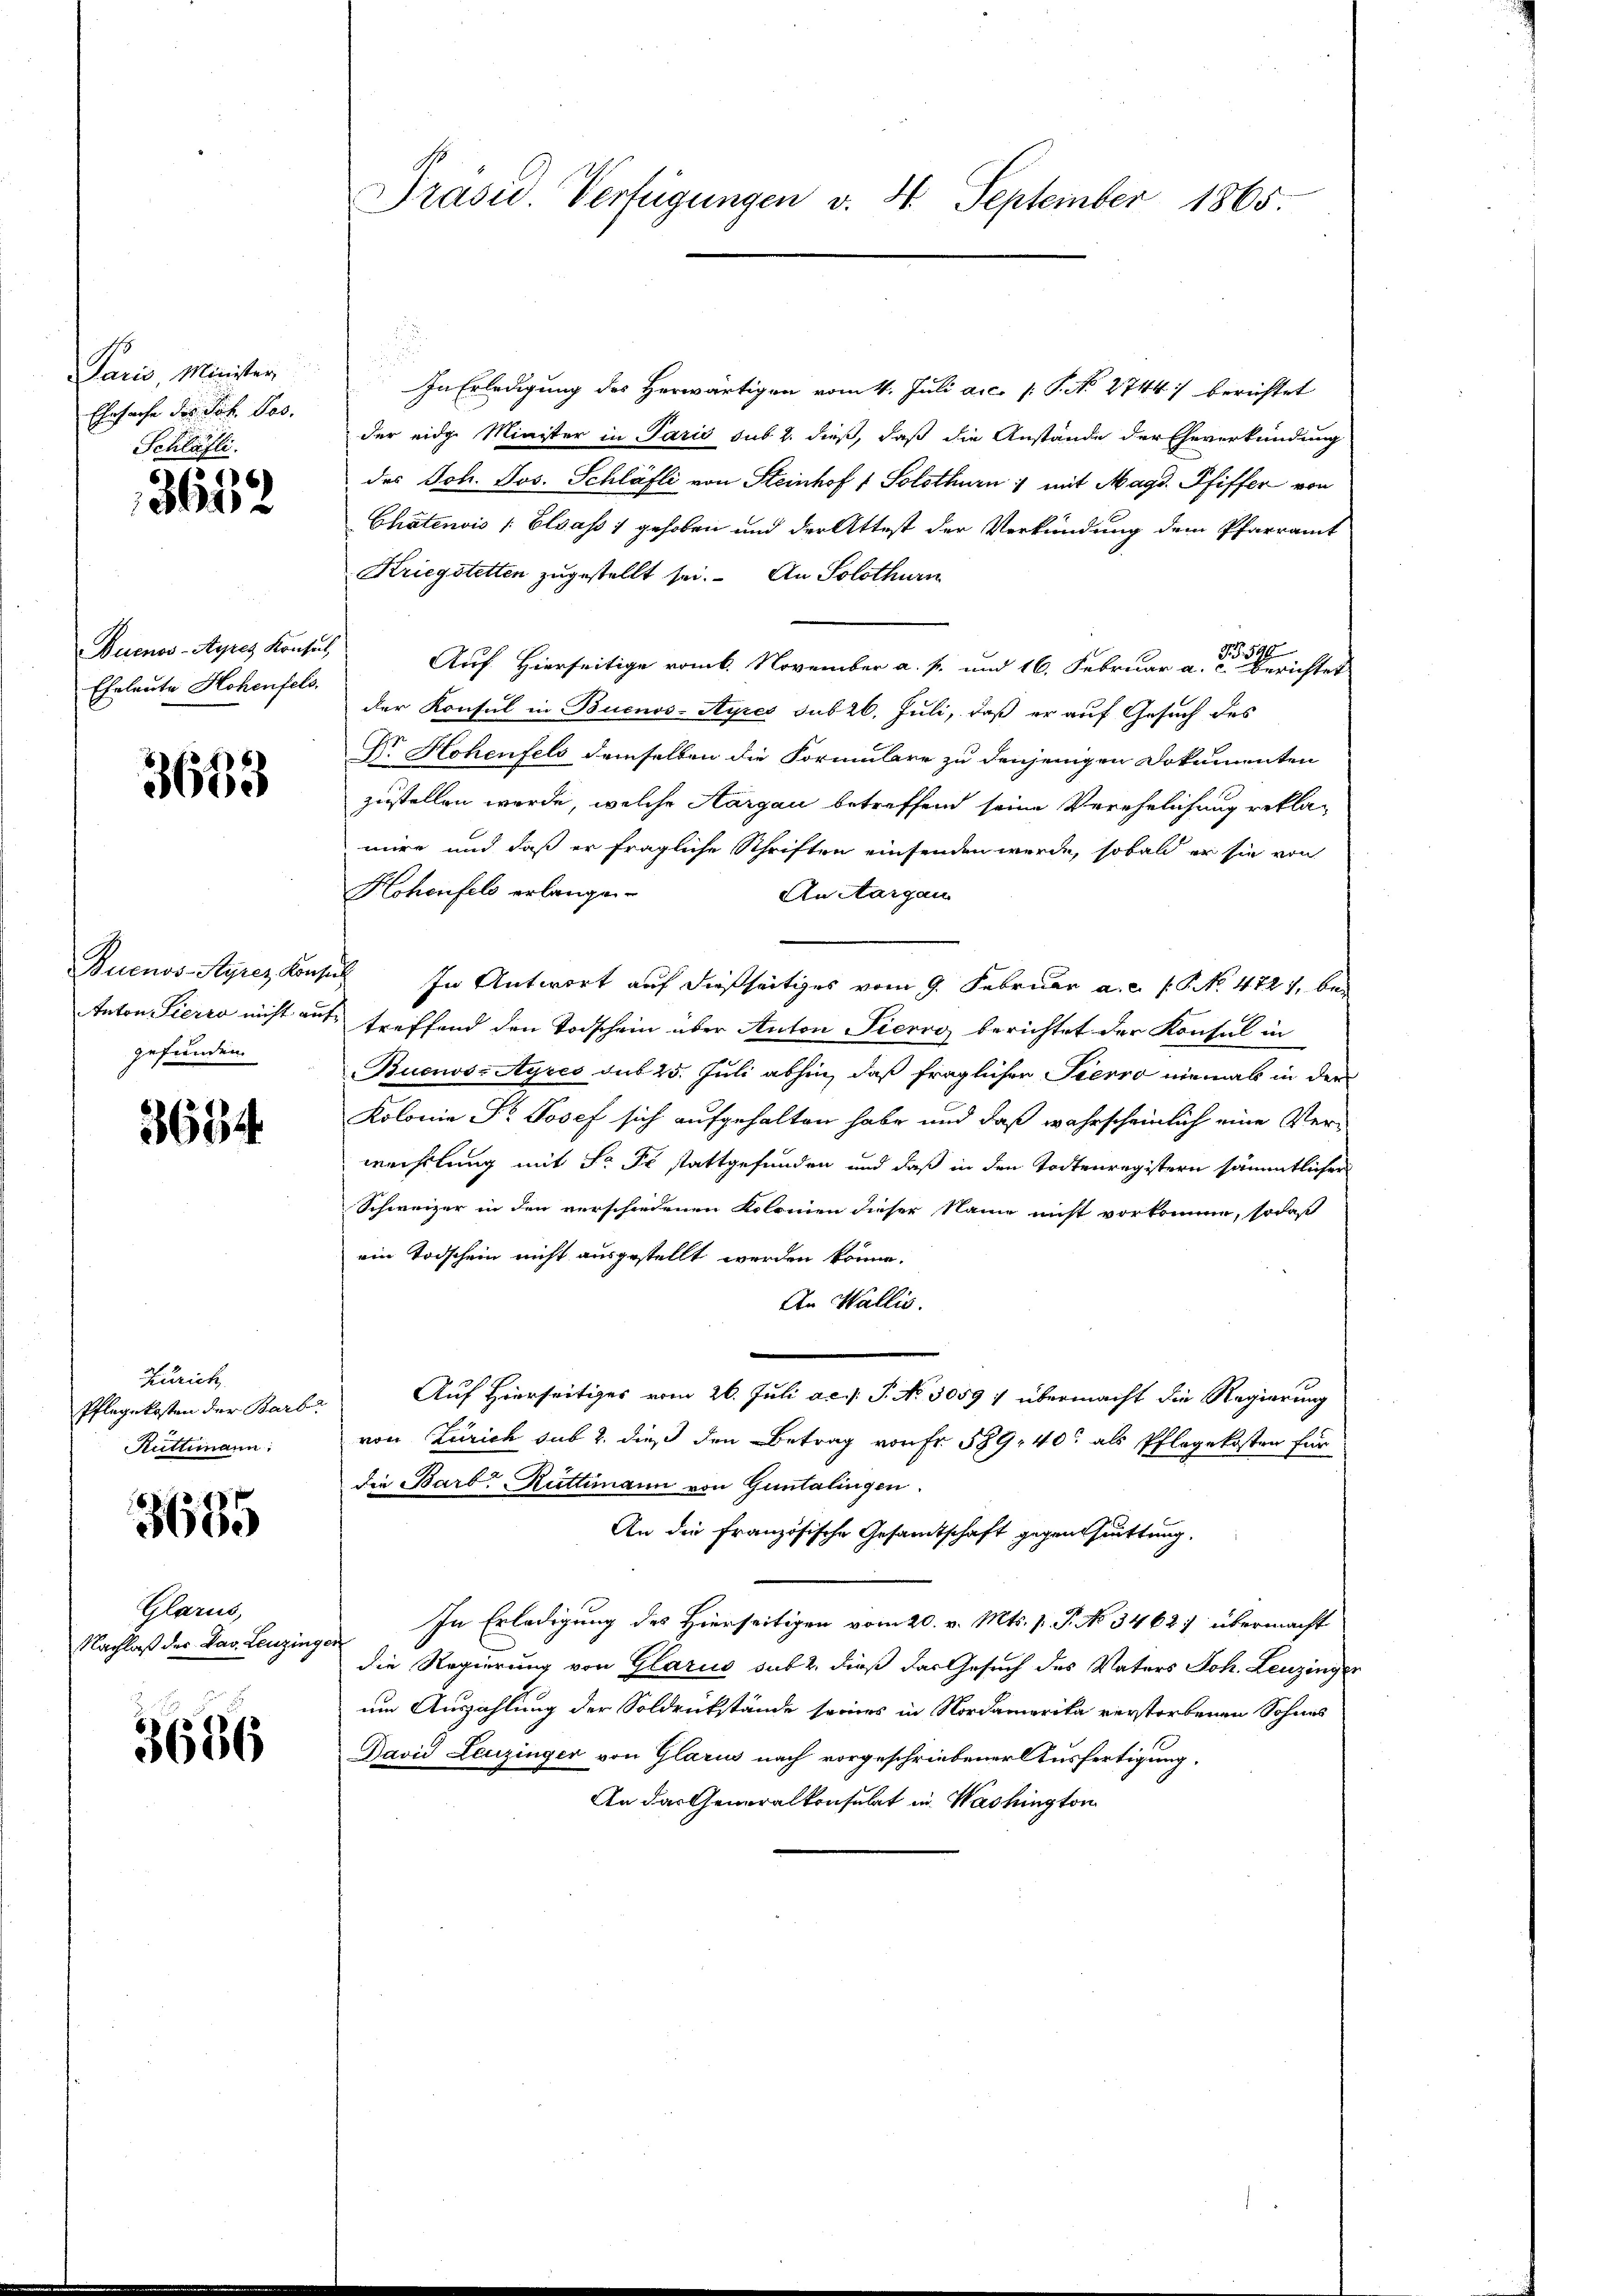
Paris, Minister
Ehrsache des Joh. Jos.
Schläfli

5
3612

Buenos-Ayres Konsul,
Eheleute Hohenfels,

3668

gefunden.

3694.

In Erledigung des Herwärtigen vom 4. Juli a.c. /: P. No 2744. berichtet
der eidg. Minister in Paris sub 2. dieß, daß die Anstände der Eheverkündung
des Joh. Jos. Schläfli von Steinhof / Solothurn 1 mit Magd. Pfiffer von
Chatenvis (Elsass 1 gehoben und der Attest der Verkündung dem Pfarramt
Kriegstetten zugestellt sei. An Solothurn
Arof Hierseitige vom 6. November a. p. und 16. Februar a. der Gerichter
der Konsul in Buenos-Ayres sub 26. Juli, daß er auf Gesuch des
Dr. Hohenfels demselben die Formulare zu denjenigen Dokumenten
zustellen werde, welche Aargau betreffend seine Verehelichung reklawire und daß er fragliche Schriften einsenden werde, sobald er sie von
Hohenfeld erlangen.
An Aargau
Buenos-Ayres Konsul In Antwort auf dießseitiges vom 9. Februar a.c. s. No. 4727, be-
Anton Pierro nicht auf treffend den Todschein über Anton Picrog berichtet der Konsul in
Buenos-Ayres sub 25. Juli abhin, daß fraglichen Pierro niemals in der
Kolonia Fr. Josef sich aufgehalten habe und daß wahrscheinlich eine Verwechslung mit Sr. Er stattgefunden und daß in den Todtenregistern sämmtlicher
Schweizer in den verschiedenen Kolonien dieser Name nicht vorkomme, sodaß
ein Todschein nicht ausgestellt werden könne.
An Wallis.
Auf Hierseitiges vom 26. Juli ac. P. No 3059 : übermacht die Regierung
von Zürich sub 2. dieß den Betrag von Fr. 589, 40 als Pflegekosten für
die Barb. Rüttimann von Guntalingen.
An die französische Gesamtschaft gegentuittung.
In Erledigung des Hierseitigen vom 20. v. Mts. p. P. No 3462 übermacht
die Regierung von Glarus sub 2. dieß das Gesuch des Vaters Joh. Leuzinger
um Auszahlung der Soldrückstände seines in Nordamerika verstorbenen Sohnes
Bavid Leuzinger von Glarus nach vorgeschriebener Ausfertigung,
An das Generalkonsulat in Washington

Zürich,
Pflegekosten der Barb
Rüttimann:

3685

Schlang
Nachlaß der Dav. Leuzingen

3686

Präsid. Verfügungen v. 4. September 1865.